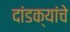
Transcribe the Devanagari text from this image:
दांडक्यांचे